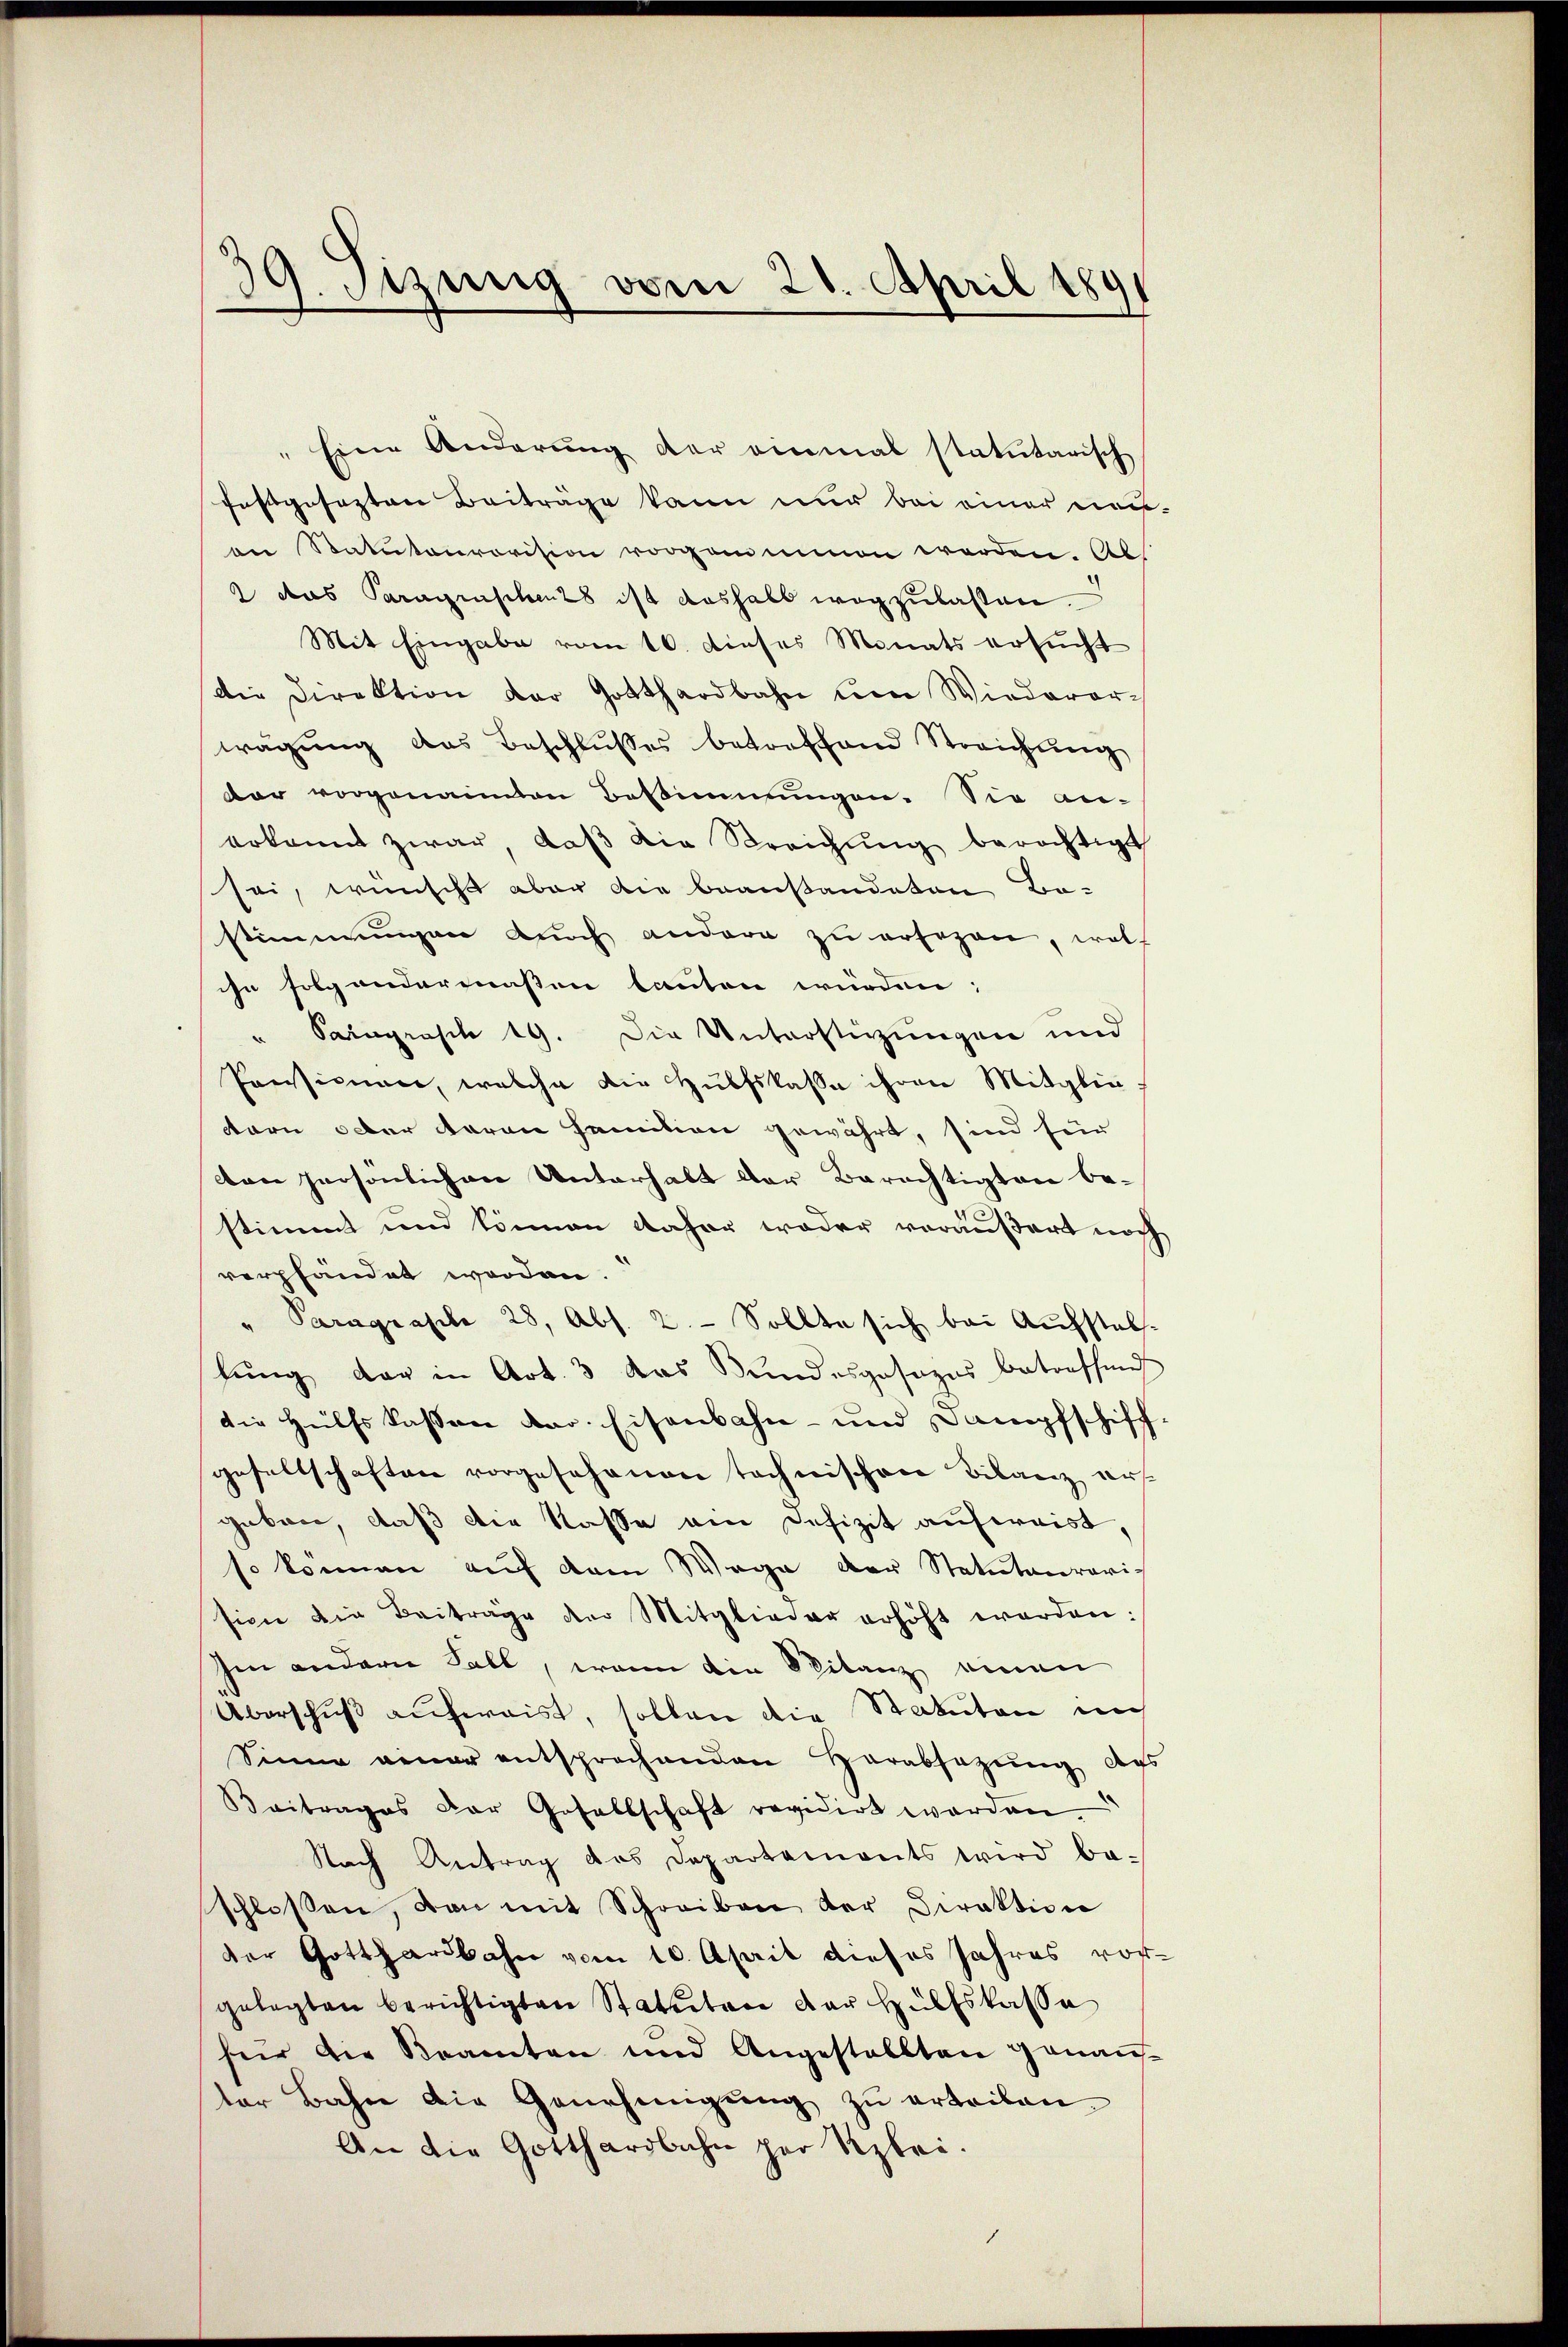
39. Jizung vom 21. April 1891

" Eine Änderung der einmal statutarisch
festgesezten Beiträge kann nur bei einer neu-
an Statutarrovision vorganiminen werden. Abs
2 das Paragrischen ist aushalb wegzulassen.
Mit Eingabe vom 10. dieses Monats ersucht
Die Direktion der Gotthardbahn um Wiederar-
wägung das Beschlusses betreffend Streichung
dar vorgenannten Bestimmungen. Sie an-
erkannt zwar, daβ die Streichŭng berechtigt
sei, wünscht aber die beanstandeten Be-
stimmungen durch andere zŭ ersezen, woll
ihn folgendermaßen lauten würden;
Saragrasch 19. Die Unterstigungen und
Ponicum, welche die Hülfskasse ihren Mitglie
dern oder daran Familien gewährt, sind für
den persönlichen Unterhalt der Berechtigten be-
stimmt und können daher weder veräußert noch
verpfändet worden.
" Paragraphe 28, Abs. 2. Sollte sich bei Aufstalslung der in Art. 3 das Bundesgosazes betreffend
die Hülfskassen dar. Eisenbahn- und Dampfschiff
gesellschaften vorgesehenen tochnischen Bilanz aus-
geben, daß die Kasse am Defizit aufweist,
so können auf dem Wege der Statutarrari-
sion die Beiträge der Mitglieder erhöht werden:
hin andern Fall, wenn die Spitanz einen
Überschuß aufweist, sollen die Statuten in
Sinne gener entsprochenden Herabsezung des
Beitrages der Gesellschaft revidirt werden.
Nach Antrag das Departemonts wird be-
schlossen, von mit Schreiben der Direktion
der Gotthardbahn vom 10. April dieses Jahres vor-
gelegten berichtigten Statuten der Hülfskasse
für die Beamten und Angestellten genaus-
ter Bahne die Genehmigŭng zŭ erteilen.
An die Gotthardbahn zur Rzlei.